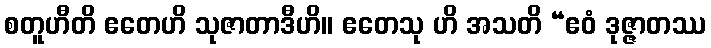
စတူဟီတိ ဧတေဟိ သုဇာတာဒီဟိ။ ဧတေသု ဟိ အသတိ “ဧဝံ ဒုဇ္ဇာတဿ